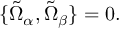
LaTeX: \{ \tilde { \Omega } _ { \alpha } , \tilde { \Omega } _ { \beta } \} = 0 .